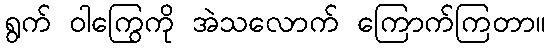
ရွက် ဝါကြွေကို အဲသလောက် ကြောက်ကြတာ။